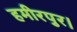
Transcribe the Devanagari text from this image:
हमीरपुर।